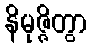
နိမုဇ္ဇိတွာ